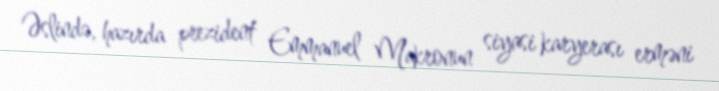
Əslində, hazırda prezident Emmanuel Makronun siyasi karyerası erməni